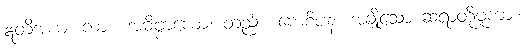
ဣတိအယံ၊ ကား။ အဓိဗ္ဗာယော၊ တည်း။ ကေစိပန၊ အချို့သော ဆရာတို့မူကား။